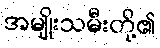
အမျိုးသမီးတို့၏